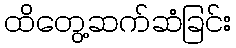
ထိတွေ့ဆက်ဆံခြင်း